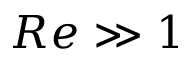
R e \gg 1